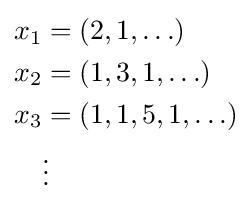
{\begin{aligned}x_{1}&=(2,1,\ldots )\\x_{2}&=(1,3,1,\ldots )\\x_{3}&=(1,1,5,1,\ldots )\\&\vdots \end{aligned}}